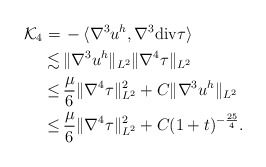
\begin{align*} \mathcal{K}_{4} = &\, -\langle \nabla^3 u^{h} ,\nabla^3 \mathrm{div}\tau\rangle \\ \lesssim &\, \|\nabla^3 u^{h}\|_{L^2} \|\nabla^4 \tau\|_{L^2}\\ \leq &\, \frac{\mu}{6}\|\nabla^4 \tau\|_{L^2}^2 + C\|\nabla^3 u^{h}\|_{L^2} \\ \leq &\, \frac{\mu}{6}\|\nabla^4 \tau\|_{L^2}^2 + C(1+t)^{-\frac{25}{4}}.\end{align*}